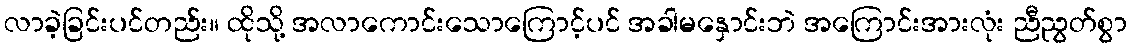
လာခဲ့ခြင်းပင်တည်း။ ထိုသို့ အလာကောင်းသောကြောင့်ပင် အခါမနှောင်းဘဲ အကြောင်းအားလုံး ညီညွတ်စွာ